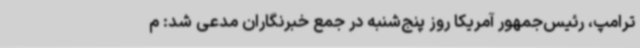
ترامپ، رئیس‌جمهور آمریکا روز پنج‌شنبه در جمع خبرنگاران مدعی شد: م